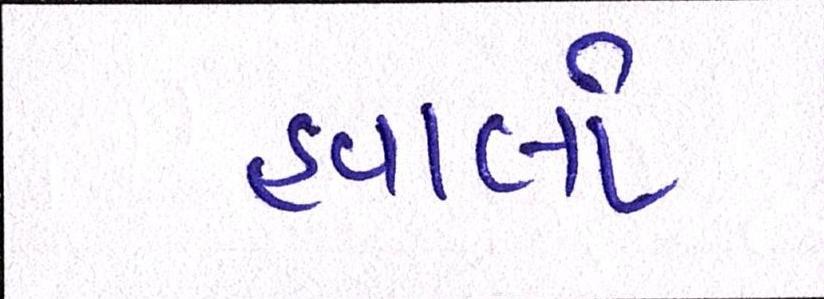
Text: હવાલો